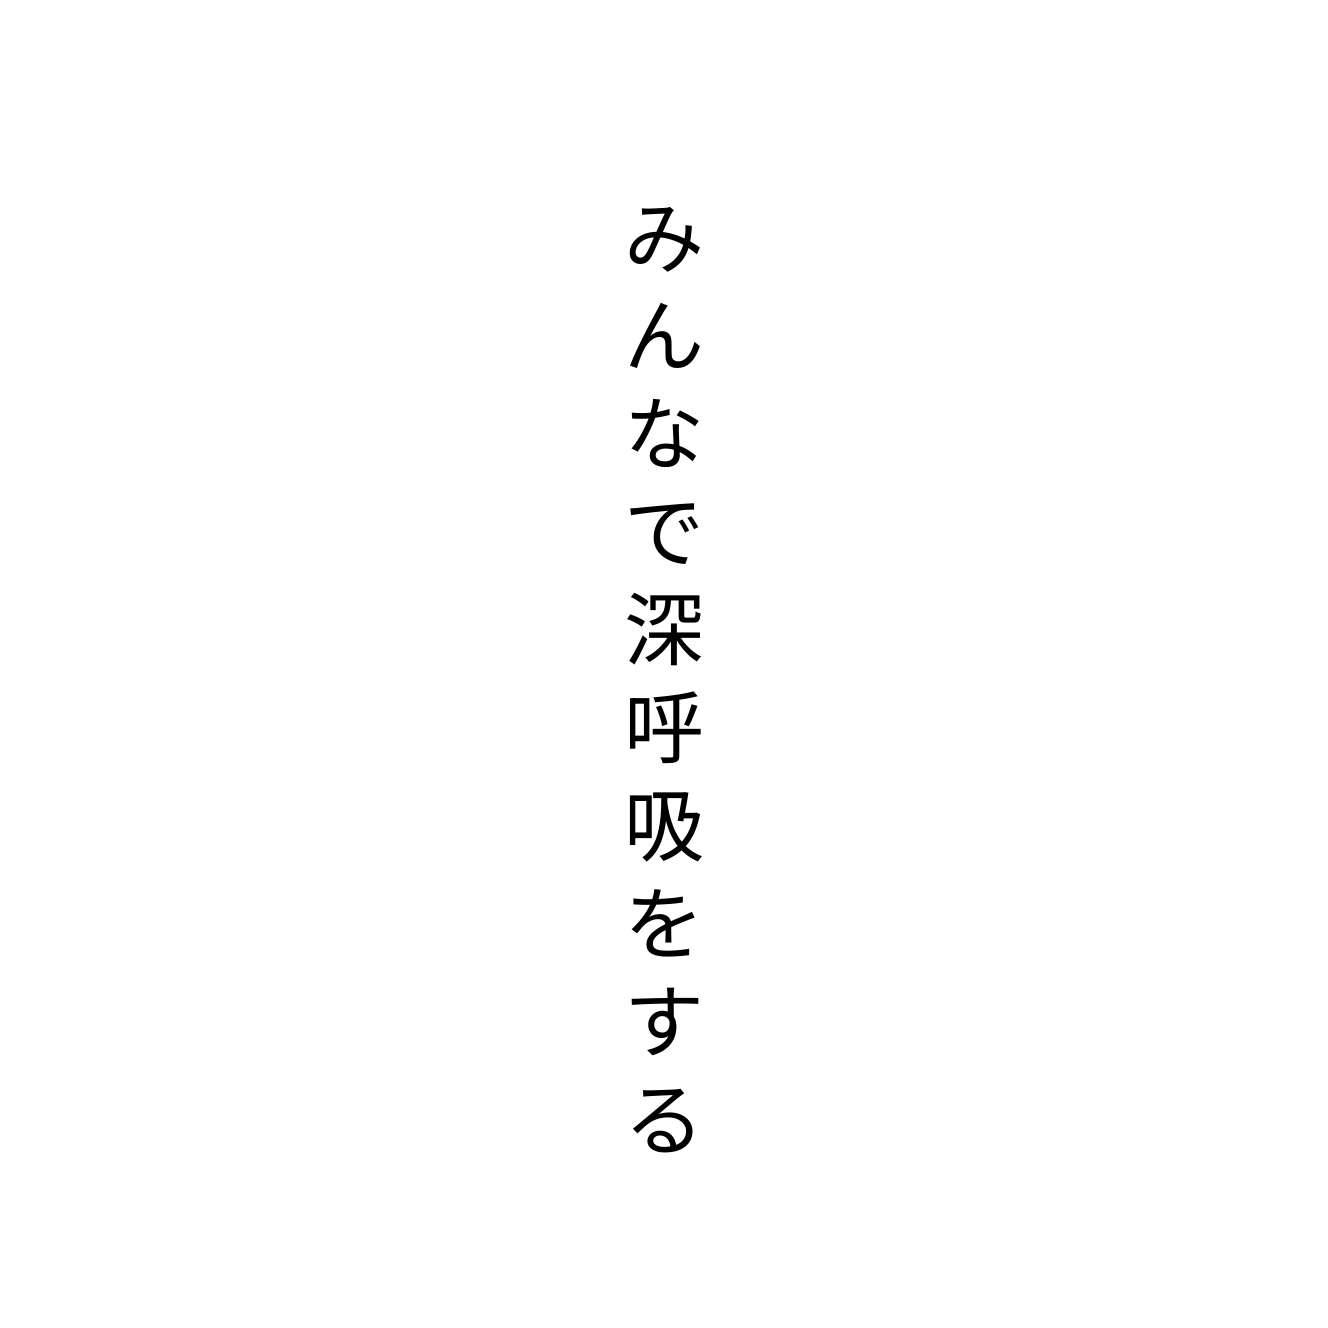
みんなで深呼吸をする